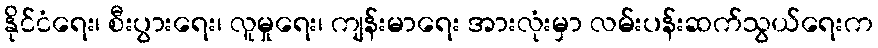
နိုင်ငံရေး၊ စီးပွားရေး၊ လူမှုရေး၊ ကျန်းမာရေး အားလုံးမှာ လမ်းပန်းဆက်သွယ်ရေးက